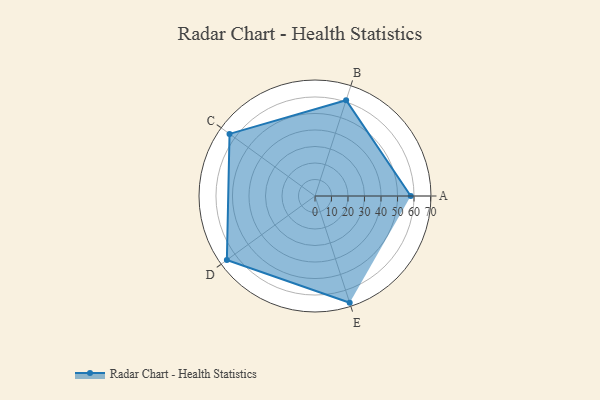
{"axis": {"x": "Skill", "y": "Score"}, "legend": ["Profile"], "data": [{"x": "A", "y": 58.0, "type": "Profile"}, {"x": "B", "y": 61.0, "type": "Profile"}, {"x": "C", "y": 64.0, "type": "Profile"}, {"x": "D", "y": 66.0, "type": "Profile"}, {"x": "E", "y": 68.0, "type": "Profile"}]}